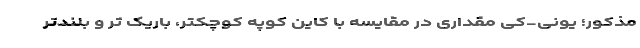
مذکور؛ یونی-کی مقداری در مقایسه با کاین کوپه کوچکتر، باریک تر و بلندتر